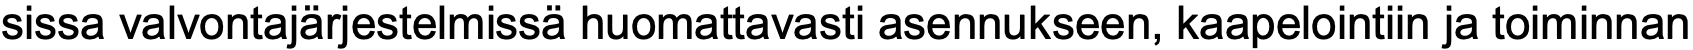
sissa valvontajärjestelmissä huomattavasti asennukseen, kaapelointiin ja toiminnan